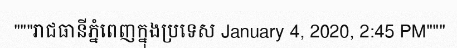
"""រាជធានីភ្នំពេញក្នុងប្រទេស January 4, 2020, 2:45 PM"""